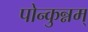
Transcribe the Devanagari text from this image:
पोन्कुन्नम्